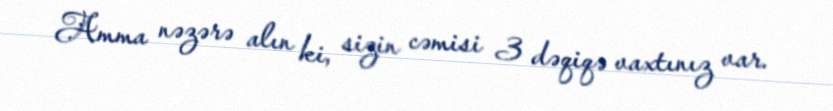
Amma nəzərə alın ki, sizin cəmisi 3 dəqiqə vaxtınız var.